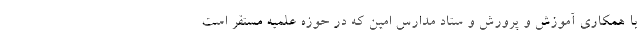
با همکاری آموزش و پرورش و ستاد مدارس امین که در حوزه علمیه مستقر است